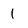
Character: 1